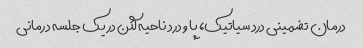
درمان تضمینی درد سیاتیک، پا و درد ناحیه لگن در یک جلسه درمانی